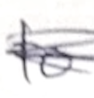
Text: to
Cross-out: scratch
Writing tool: pencil